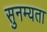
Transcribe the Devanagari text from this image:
सुनम्यता